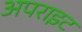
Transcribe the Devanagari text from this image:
अपराइट